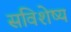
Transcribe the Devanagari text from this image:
सविशेष्य